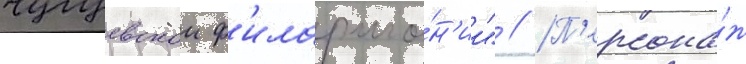
чугуевскои ф'илармо́н'ии" // П'ерсона́ж